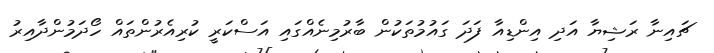
ޗައިނާ ރަޝިޔާ އަދި އިންޑިއާ ފަދަ ގައުމުތަކުން ބާރުމިނެއްގައި އަސްކަރީ ކުރިއެރުންތައް ހޯދަމުންދާއިރު